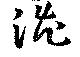
渋